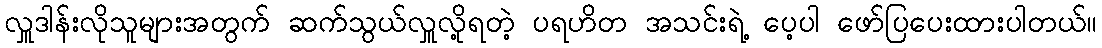
လှူဒါန်းလိုသူများအတွက် ဆက်သွယ်လှူလို့ရတဲ့ ပရဟိတ အသင်းရဲ့ ပေ့ပါ ဖော်ပြပေးထားပါတယ်။